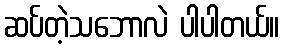
ဆပ်တဲ့သဘောလဲ ပါပါတယ်။